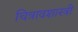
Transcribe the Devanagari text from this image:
चित्रावशास्त्री